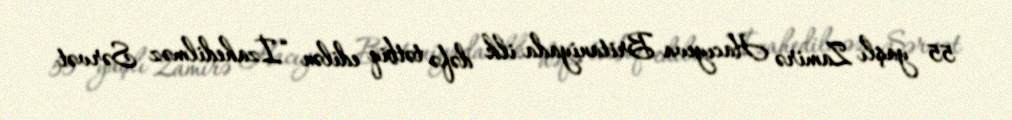
55 yaşlı Zamirə Hacıyeva Britaniyada ilk dəfə tətbiq edilən “İzahedilməz Sərvət